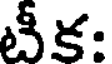
టీక: